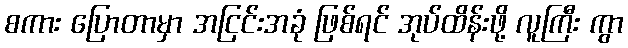
စကား ပြောတာမှာ အငြင်းအခုံ ဖြစ်ရင် အုပ်ထိန်းဖို့ လူကြီး ကွာ